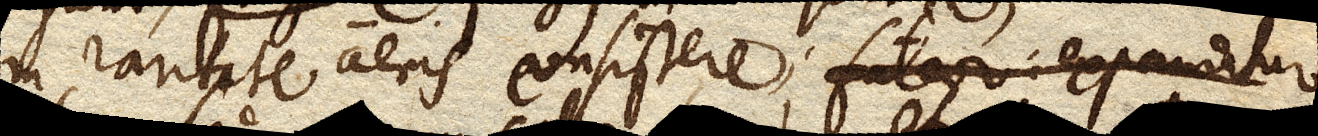
in raritate aeris consistere;